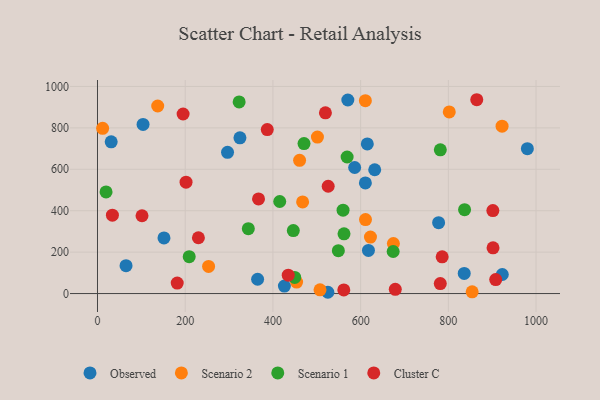
{"axis": {"x": "Study Hours", "y": "Exam Score"}, "legend": ["Cluster C", "Observed", "Scenario 1", "Scenario 2"], "data": [{"x": "980.2", "y": 699.5, "type": "Observed"}, {"x": "103.9", "y": 816.4, "type": "Observed"}, {"x": "31.2", "y": 732.8, "type": "Observed"}, {"x": "617.8", "y": 208.1, "type": "Observed"}, {"x": "615.2", "y": 722.3, "type": "Observed"}, {"x": "570.8", "y": 934.6, "type": "Observed"}, {"x": "586.4", "y": 608.6, "type": "Observed"}, {"x": "610.8", "y": 534.2, "type": "Observed"}, {"x": "426.2", "y": 36.3, "type": "Observed"}, {"x": "836.2", "y": 97.0, "type": "Observed"}, {"x": "365.1", "y": 69.2, "type": "Observed"}, {"x": "324.8", "y": 751.7, "type": "Observed"}, {"x": "632.1", "y": 597.7, "type": "Observed"}, {"x": "777.8", "y": 342.2, "type": "Observed"}, {"x": "151.6", "y": 268.7, "type": "Observed"}, {"x": "65.1", "y": 134.8, "type": "Observed"}, {"x": "923.0", "y": 92.0, "type": "Observed"}, {"x": "525.3", "y": 6.2, "type": "Observed"}, {"x": "296.5", "y": 681.7, "type": "Observed"}, {"x": "501.5", "y": 755.5, "type": "Scenario 2"}, {"x": "467.7", "y": 442.3, "type": "Scenario 2"}, {"x": "854.3", "y": 8.5, "type": "Scenario 2"}, {"x": "137.3", "y": 905.5, "type": "Scenario 2"}, {"x": "610.8", "y": 931.4, "type": "Scenario 2"}, {"x": "11.7", "y": 797.6, "type": "Scenario 2"}, {"x": "622.4", "y": 272.5, "type": "Scenario 2"}, {"x": "674.7", "y": 241.6, "type": "Scenario 2"}, {"x": "802.1", "y": 877.0, "type": "Scenario 2"}, {"x": "454.0", "y": 55.3, "type": "Scenario 2"}, {"x": "253.3", "y": 131.0, "type": "Scenario 2"}, {"x": "507.4", "y": 18.1, "type": "Scenario 2"}, {"x": "460.8", "y": 643.5, "type": "Scenario 2"}, {"x": "922.5", "y": 808.1, "type": "Scenario 2"}, {"x": "611.1", "y": 357.4, "type": "Scenario 2"}, {"x": "323.0", "y": 925.2, "type": "Scenario 1"}, {"x": "19.5", "y": 490.5, "type": "Scenario 1"}, {"x": "470.9", "y": 724.4, "type": "Scenario 1"}, {"x": "415.5", "y": 444.5, "type": "Scenario 1"}, {"x": "781.7", "y": 693.8, "type": "Scenario 1"}, {"x": "674.2", "y": 203.0, "type": "Scenario 1"}, {"x": "569.2", "y": 659.4, "type": "Scenario 1"}, {"x": "562.1", "y": 288.2, "type": "Scenario 1"}, {"x": "559.9", "y": 402.5, "type": "Scenario 1"}, {"x": "343.9", "y": 313.4, "type": "Scenario 1"}, {"x": "209.1", "y": 178.3, "type": "Scenario 1"}, {"x": "549.2", "y": 207.2, "type": "Scenario 1"}, {"x": "837.0", "y": 404.9, "type": "Scenario 1"}, {"x": "449.7", "y": 77.8, "type": "Scenario 1"}, {"x": "446.5", "y": 304.1, "type": "Scenario 1"}, {"x": "34.0", "y": 378.7, "type": "Cluster C"}, {"x": "679.0", "y": 20.4, "type": "Cluster C"}, {"x": "195.2", "y": 867.0, "type": "Cluster C"}, {"x": "781.6", "y": 48.1, "type": "Cluster C"}, {"x": "387.1", "y": 791.9, "type": "Cluster C"}, {"x": "526.0", "y": 518.1, "type": "Cluster C"}, {"x": "785.9", "y": 177.6, "type": "Cluster C"}, {"x": "101.5", "y": 375.6, "type": "Cluster C"}, {"x": "181.8", "y": 50.6, "type": "Cluster C"}, {"x": "367.2", "y": 456.7, "type": "Cluster C"}, {"x": "519.7", "y": 872.8, "type": "Cluster C"}, {"x": "561.6", "y": 17.7, "type": "Cluster C"}, {"x": "908.0", "y": 67.5, "type": "Cluster C"}, {"x": "434.9", "y": 88.8, "type": "Cluster C"}, {"x": "901.9", "y": 220.6, "type": "Cluster C"}, {"x": "201.9", "y": 537.8, "type": "Cluster C"}, {"x": "230.1", "y": 269.5, "type": "Cluster C"}, {"x": "864.8", "y": 935.9, "type": "Cluster C"}, {"x": "901.5", "y": 400.6, "type": "Cluster C"}]}